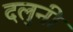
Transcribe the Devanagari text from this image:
दलुनी